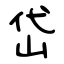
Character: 岱